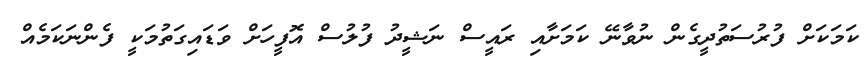
ކަމަކަށް ފުރުސަތުދީގެން ނުވާނޭ ކަމަށާއި ރައީސް ނަޝީދު ފުލުސް އޮފީހަށް ވަޑައިގަތުމަކީ ފެންނަކަމެއް